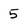
Character: 5